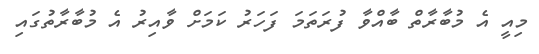
މިއީ އެ މުބާރާތް ބާއްވާ ފުރަތަމަ ފަހަރު ކަމަށް ވާއިރު އެ މުބާރާތުގައި